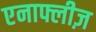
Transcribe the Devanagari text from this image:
एनाफ्लीज़